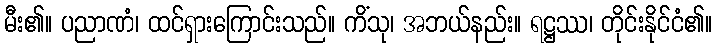
မီး၏။ ပညာဏံ၊ ထင်ရှားကြောင်းသည်။ ကိံသု၊ အဘယ်နည်း။ ရဋ္ဌဿ၊ တိုင်းနိုင်ငံ၏။